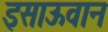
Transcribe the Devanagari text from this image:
इसाऊवान